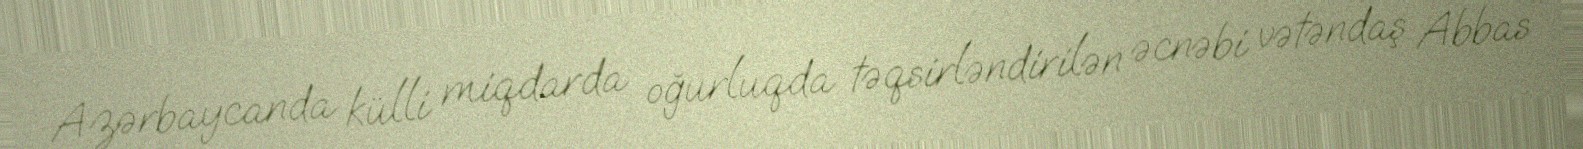
Azərbaycanda külli miqdarda oğurluqda təqsirləndirilən əcnəbi vətəndaş Abbas